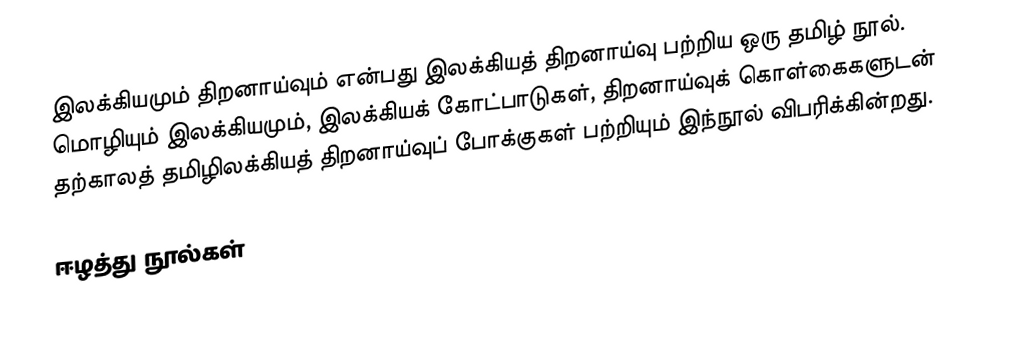
இலக்கியமும் திறனாய்வும் என்பது இலக்கியத் திறனாய்வு பற்றிய ஒரு தமிழ் நூல். மொழியும் இலக்கியமும், இலக்கியக் கோட்பாடுகள், திறனாய்வுக் கொள்கைகளுடன் தற்காலத் தமிழிலக்கியத் திறனாய்வுப் போக்குகள் பற்றியும் இந்நூல் விபரிக்கின்றது.

ஈழத்து நூல்கள்